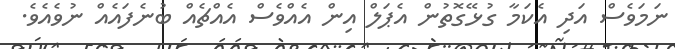
ނަމަވެސް އަދި އެކަމާ ގުޅޭގޮތުން އެޕަލް އިން އެއްވެސް އެއްޗެއް ބުނެފައެއް ނުވެއެވެ.